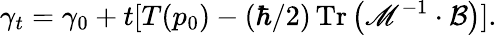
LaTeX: \gamma_{t}=\gamma_{0}+t[T(p_{0})-(\hbar/2)\operatorname{Tr}\left(\mathscr{M}^{-1}\cdot\mathcal{{B}}\right)].